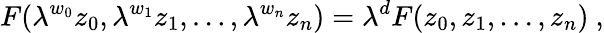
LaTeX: F(\lambda^{w_{0}}z_{0},\lambda^{w_{1}}z_{1},\ldots,\lambda^{w_{n}}z_{n})=\lambda^{d}F(z_{0},z_{1},\ldots,z_{n})\ ,